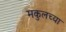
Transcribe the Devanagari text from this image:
मकुलच्या